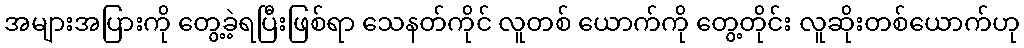
အများအပြားကို တွေ့ခဲ့ရပြီးဖြစ်ရာ သေနတ်ကိုင် လူတစ် ယောက်ကို တွေ့တိုင်း လူဆိုးတစ်ယောက်ဟု